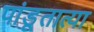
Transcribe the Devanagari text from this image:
पांडूतात्या